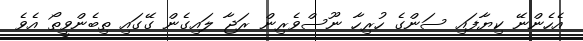
އެހެންނޭ ކިޔާފައި ސަންގެ ހުރިހާ ނޫސްވެރިން ރަޖާ ލައިގެން ގޭގައި ތިބެންވީތޯ އެވެ